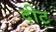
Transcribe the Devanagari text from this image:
दीट